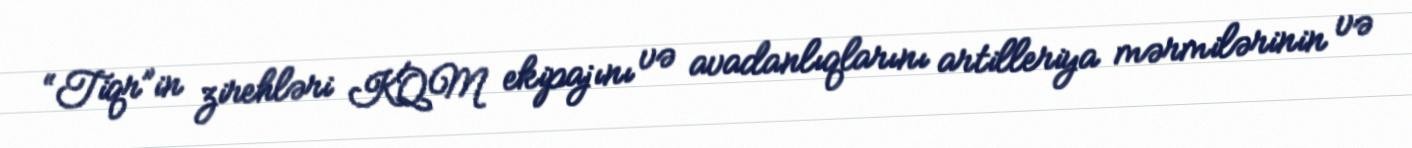
“Tiqr”in zirehləri KQM ekipajını və avadanlıqlarını artilleriya mərmilərinin və